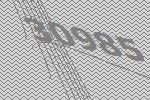
30985